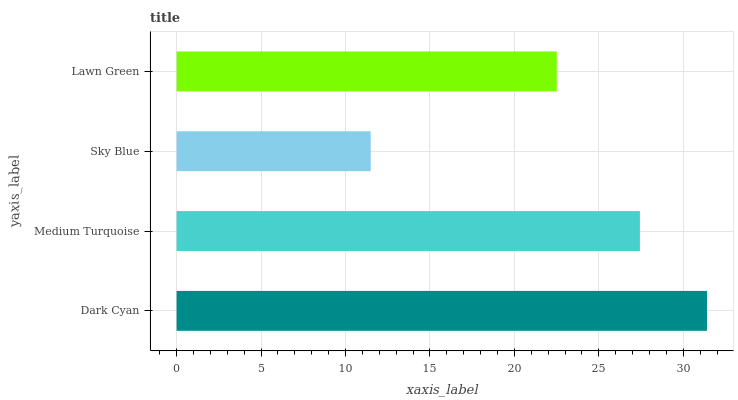
| yaxis_label | bars |
 | --- | --- |
 | Dark Cyan | 31.4 |
 | Medium Turquoise | 27.4 |
 | Sky Blue | 11.5 |
 | Lawn Green | 22.5 |